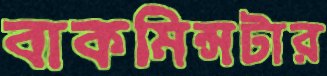
বাকমিন্সটার